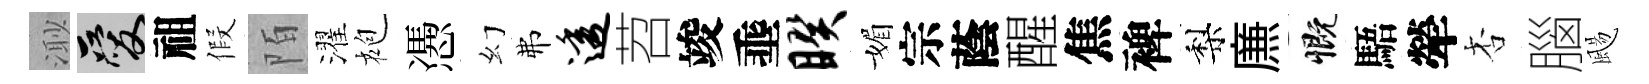
𣺌爱祖假陌濯袍慿幻弗透苕竣埀睽媚宗蔭醒焦裨梨㢘慨䮏犖杏腦颺